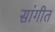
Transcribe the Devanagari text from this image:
सांगीत